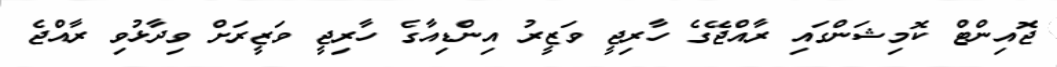
ޖޮއިންޓް ކޮމިޝަންގައި ރާއްޖޭގެ ހާރިޖީ ވަޒީރު އިންޑިއާގެ ހާރިޖީ ވަޒީރަށް ވިދާޅުވި ރާއްޖެ